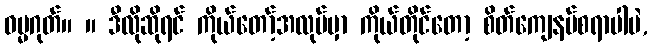
ဓမ္မဂုတ်။ ။ ဒီလိုဆိုရင် ကိုယ်တော့်အလုပ်မှာ ကိုယ်တိုင်တော့ စိတ်ကျေနပ်စရာပါပဲ,